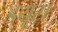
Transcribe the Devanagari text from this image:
डयूस